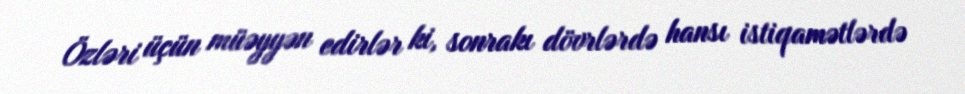
Özləri üçün müəyyən edirlər ki, sonrakı dövrlərdə hansı istiqamətlərdə